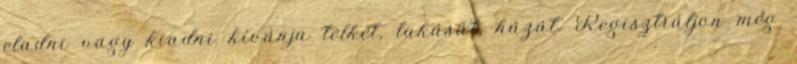
eladni vagy kiadni kívánja telkét, lakását, házát. Regisztráljon még